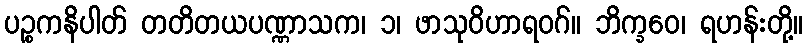
ပဉ္စကနိပါတ် တတိတယပဏ္ဏာသက၊ ၁၊ ဖာသုဝိဟာရဝဂ်။ ဘိက္ခဝေ၊ ရဟန်းတို့။